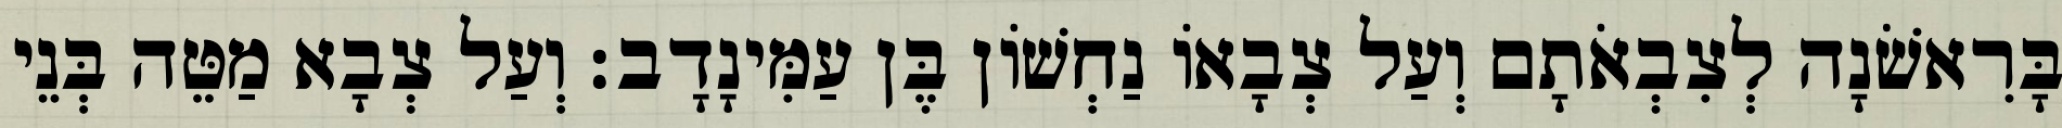
בָּרִאשֹׁנָה לְצִבְאֹתָם וְעַל צְבָאוֹ נַחְשׁוֹן בֶּן עַמִּינָדָב׃ וְעַל צְבָא מַטֵּה בְּנֵי